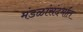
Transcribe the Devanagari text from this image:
मंडळांसंदर्भात